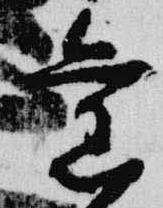
旧